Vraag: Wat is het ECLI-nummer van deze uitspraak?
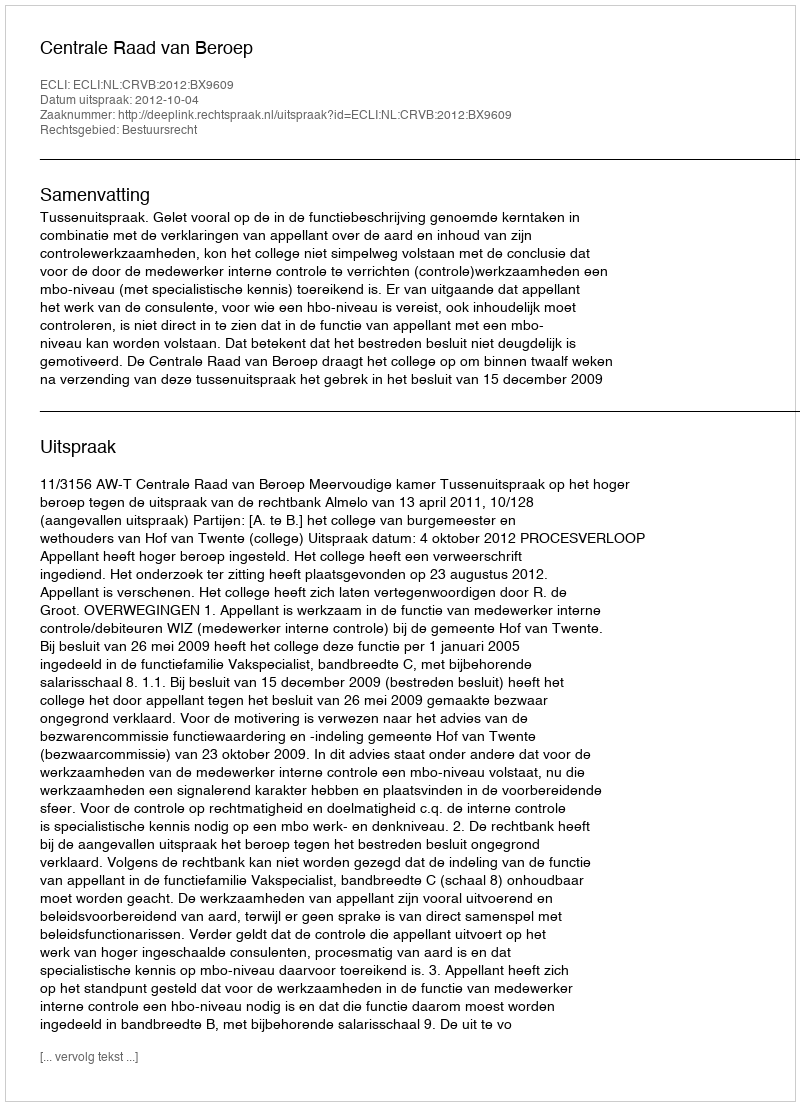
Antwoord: ECLI:NL:CRVB:2012:BX9609